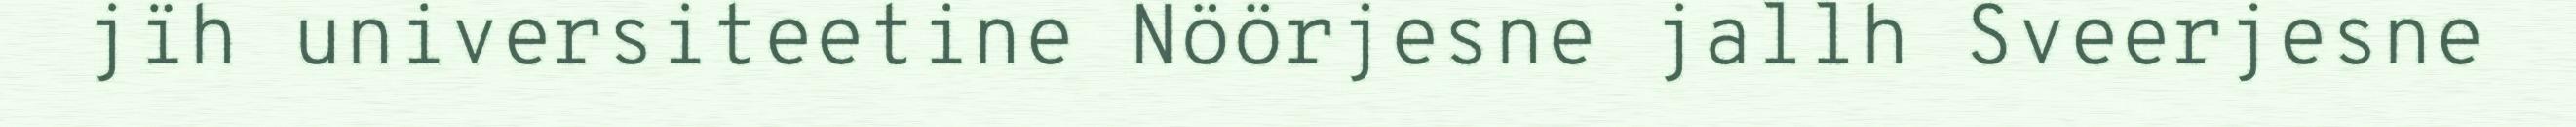
jïh universiteetine Nöörjesne jallh Sveerjesne